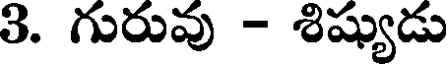
3. గురువు - శిష్యుడు